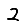
Digit: 2